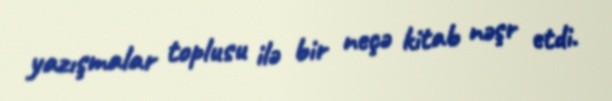
yazışmalar toplusu ilə bir neçə kitab nəşr etdi.